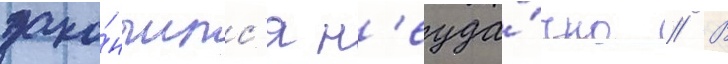
зако́нчилс'я н'еуда́чно // В